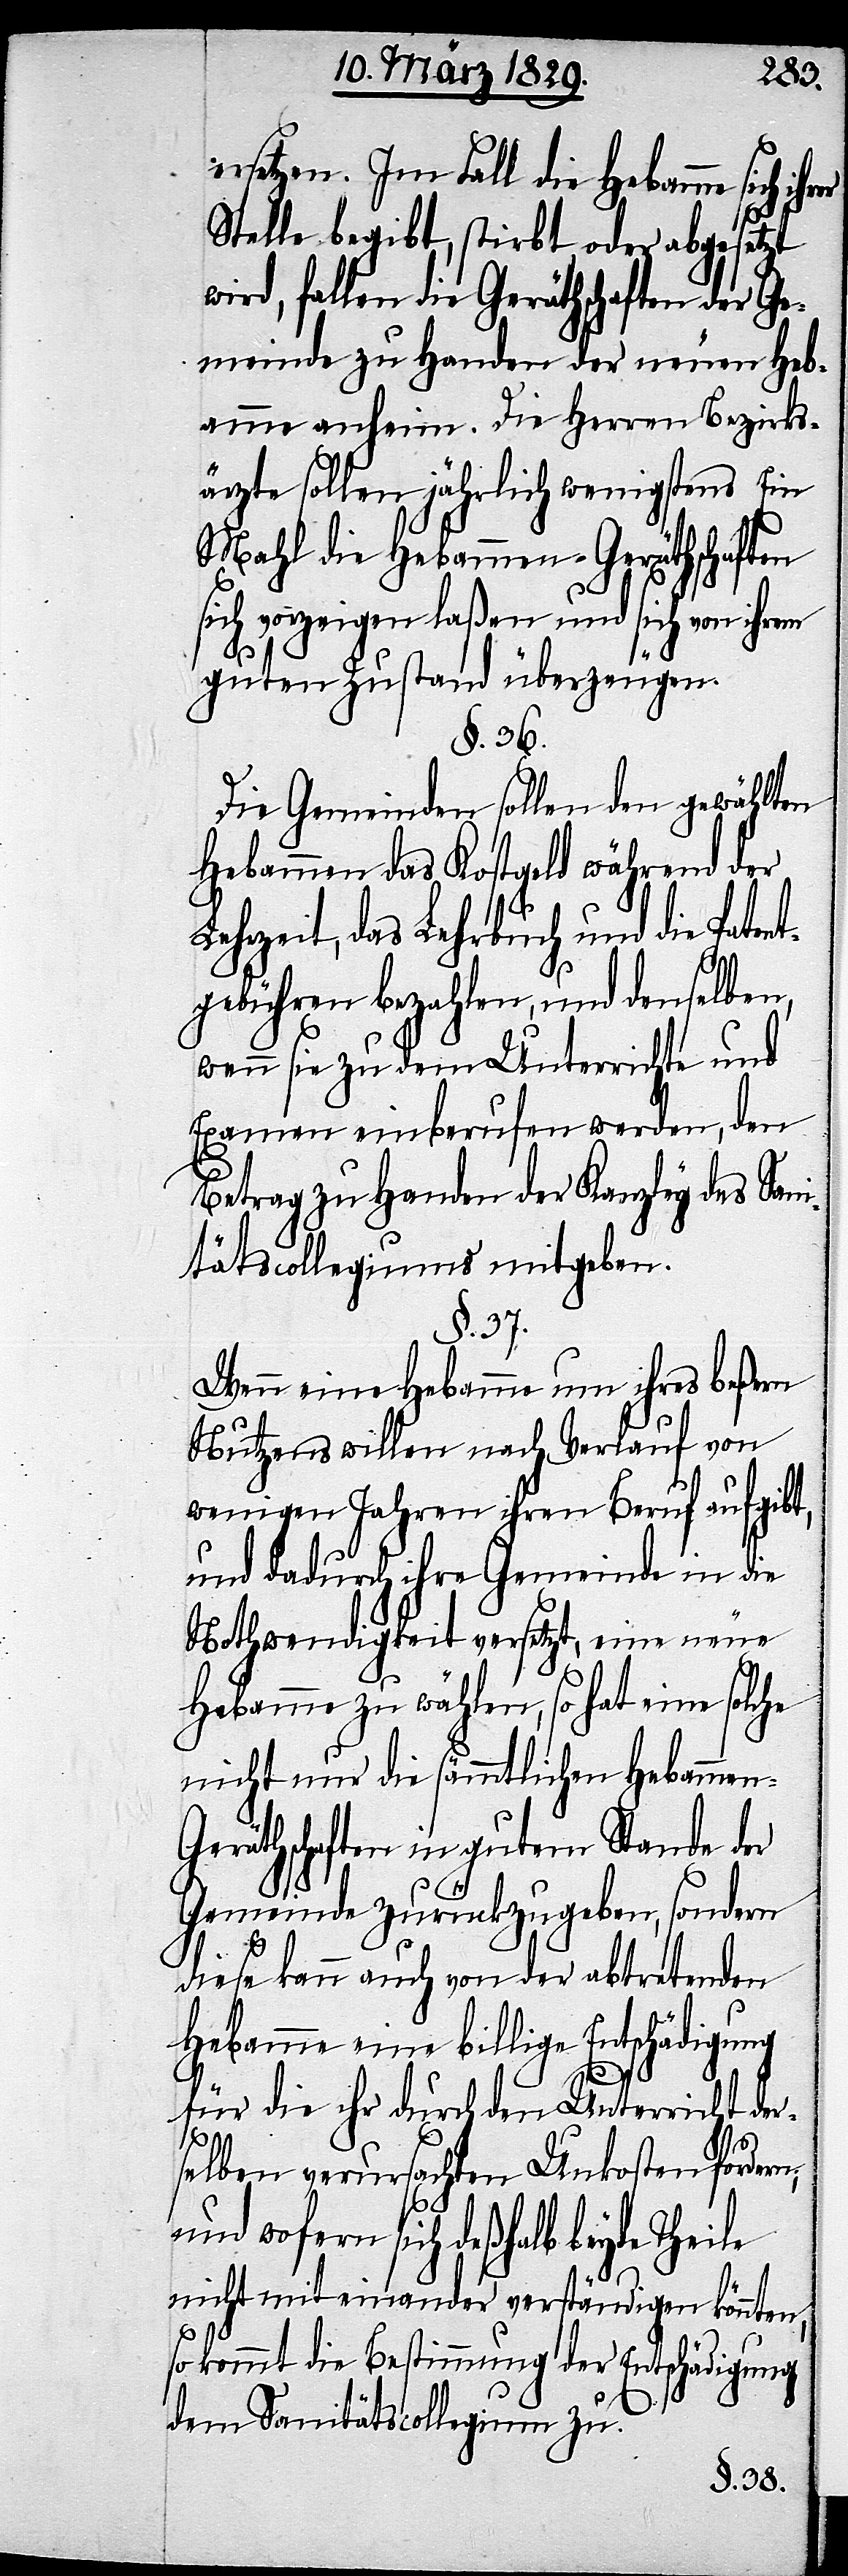
ersetzen. Im Fall die Hebamme sich
Stelle begibt, stirbt oder abgesetzt
wird, fallen die Geräthschaften der Ge¬
meinde zu Handen der neuen Heb¬
amme anheim. Die Herren Bezirks¬
ärzte sollen jährlich wenigstes Ein
Mahl die Hebammen-Geräthschaften
sich vorzeigen laßen und sich von ihrem
guten Zustand überzeugen.
§. 36.
Die Gemeinden sollen den gewählten
Hebammen das Kostgeld während der
Lehrzeit, das Lehrbuch und die Patent¬
gebühren bezahlen, und denselben,
wenn sie zu dem Unterrichte und
Examen einberufen werden, den
Betrag zu Handen der Kanzley des Sani¬
tätscollegiums mitgeben.
§. 37.
Wenn eine Hebamme um ihre beßern
Nutzens willen nach Verlauf von
wenigen Jahren ihren Beruf aufgibt,
und dadurch ihre Gemeinde in die
Nothwendigkeit versetzt, eine neue
Hebamme zu wählen, so hat eine solc¬
nicht nur die sämmtlichen Hebammen-G¬
eräthschaften in gutem Stande der
Gemeinde zurückzugeben, sondern
diese kann auch von der abtretenden
Hebamme eine billige Entschädigung
für die ihr durch den Unterricht der¬
he
selben verursachten Unkosten fordern;
und wofern sich deßhalb beyde Theile
nicht mit einander verständigen könnten,
so kommt die Bestimmung der Entschädigung
dem Sanitätscollegium zu.